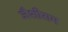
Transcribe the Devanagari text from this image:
जैशीराम